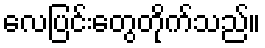
လေပြင်းတွေတိုက်သည်။